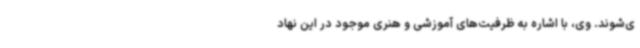
ی‌شوند. وی، با اشاره به ظرفیت‌های آموزشی و هنری موجود در این نهاد